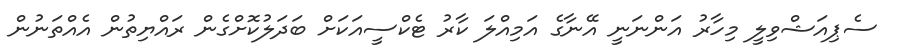
ސެޕިއަޝްވިލީ މިހާރު އަންނަނީ އޭނާގެ އަމިއްލަ ކާރު ޓެކްސީއަކަށް ބަދަލުކޮށްގެން ރައްޔިތުން އެއްތަނުން